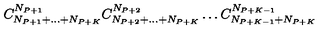
C _ { N _ { P + 1 } + \dots + N _ { P + K } } ^ { N _ { P + 1 } } C _ { N _ { P + 2 } + \dots + N _ { P + K } } ^ { N _ { P + 2 } } \dots C _ { N _ { P + K - 1 } + N _ { P + K } } ^ { N _ { P + K - 1 } }